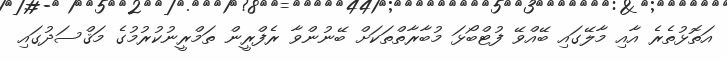
އަތޮޅުތެރެ އާއި މާލޭގައި ބޭއްވޭ ފުޓްބޯޅަ މުބާރާތްތަކަށް ބޭނުންވާ ރެފްރީން ތަމްރީނުކުރުމުގެ މަޤްސަދުގައި